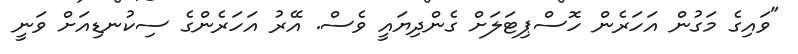
"ވައިގެ މަގުން އަހަރެން ހޮސްޕިޓަލަށް ގެންދިޔައީ ވެސް. އޭރު އަހަރެންގެ ސިކުނޑިއަށް ވަނީ